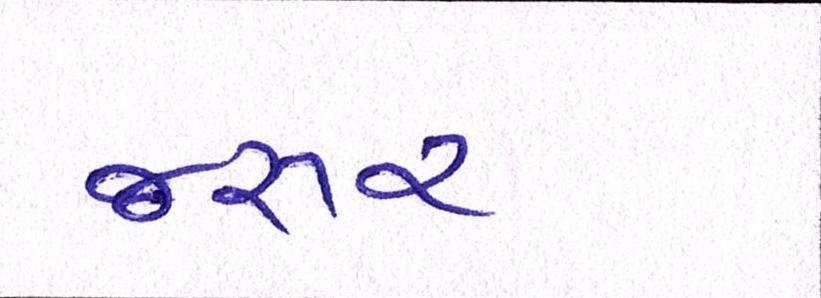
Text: જરૂર